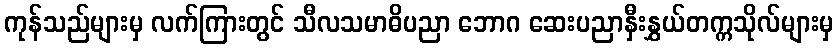
ကုန်သည်များမှ လက်ကြားတွင် သီလသမာဓိပညာ ဘောဂ ဆေးပညာနှီးနွှယ်တက္ကသိုလ်များမှ